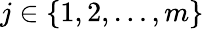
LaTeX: j\in\left\{ 1,2,\ldots,m\right\}